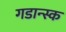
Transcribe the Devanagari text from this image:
गडान्स्क